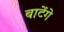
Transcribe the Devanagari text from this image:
बाटेंगे